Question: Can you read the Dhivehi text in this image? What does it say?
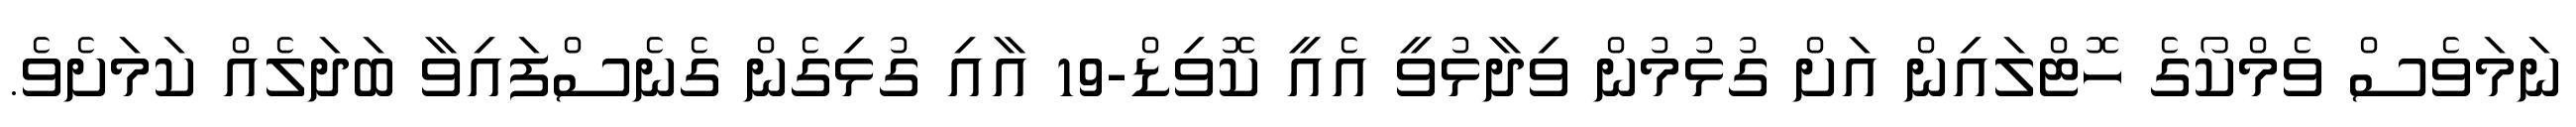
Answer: ނަމަވެސް ވެމްކޯގެ ހޮޓްލައިން އަށް ގުޅުމުން ވިދާޅުވީ އެއީ ކޮވިޑް-19 އާއި ގުޅިގެން ގެނެސްފައިވާ ބަދަލެއް ކަމަށެވެ.